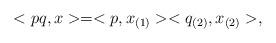
LaTeX: \begin{align*} <pq,x> =<p, x_{(1)}><q_{(2)}, x_{(2)}>,\end{align*}